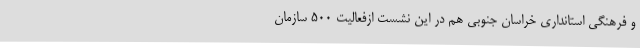
و فرهنگی استانداری خراسان جنوبی هم در این نشست ازفعالیت 500 سازمان